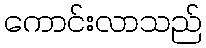
ကောင်းလာသည်